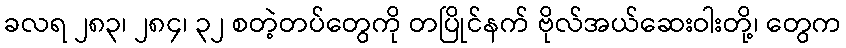
ခလရ ၂၈၃၊ ၂၈၄၊ ၃၂ စတဲ့တပ်တွေကို တပြိုင်နက် ဗိုလ်အယ်ဆေးဝါးတို့၊ တွေက